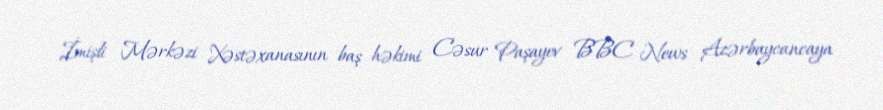
İmişli Mərkəzi Xəstəxanasının baş həkimi Cəsur Paşayev BBC News Azərbaycancaya